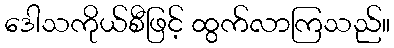
ဒေါသကိုယ်စီဖြင့် ထွက်လာကြသည်။